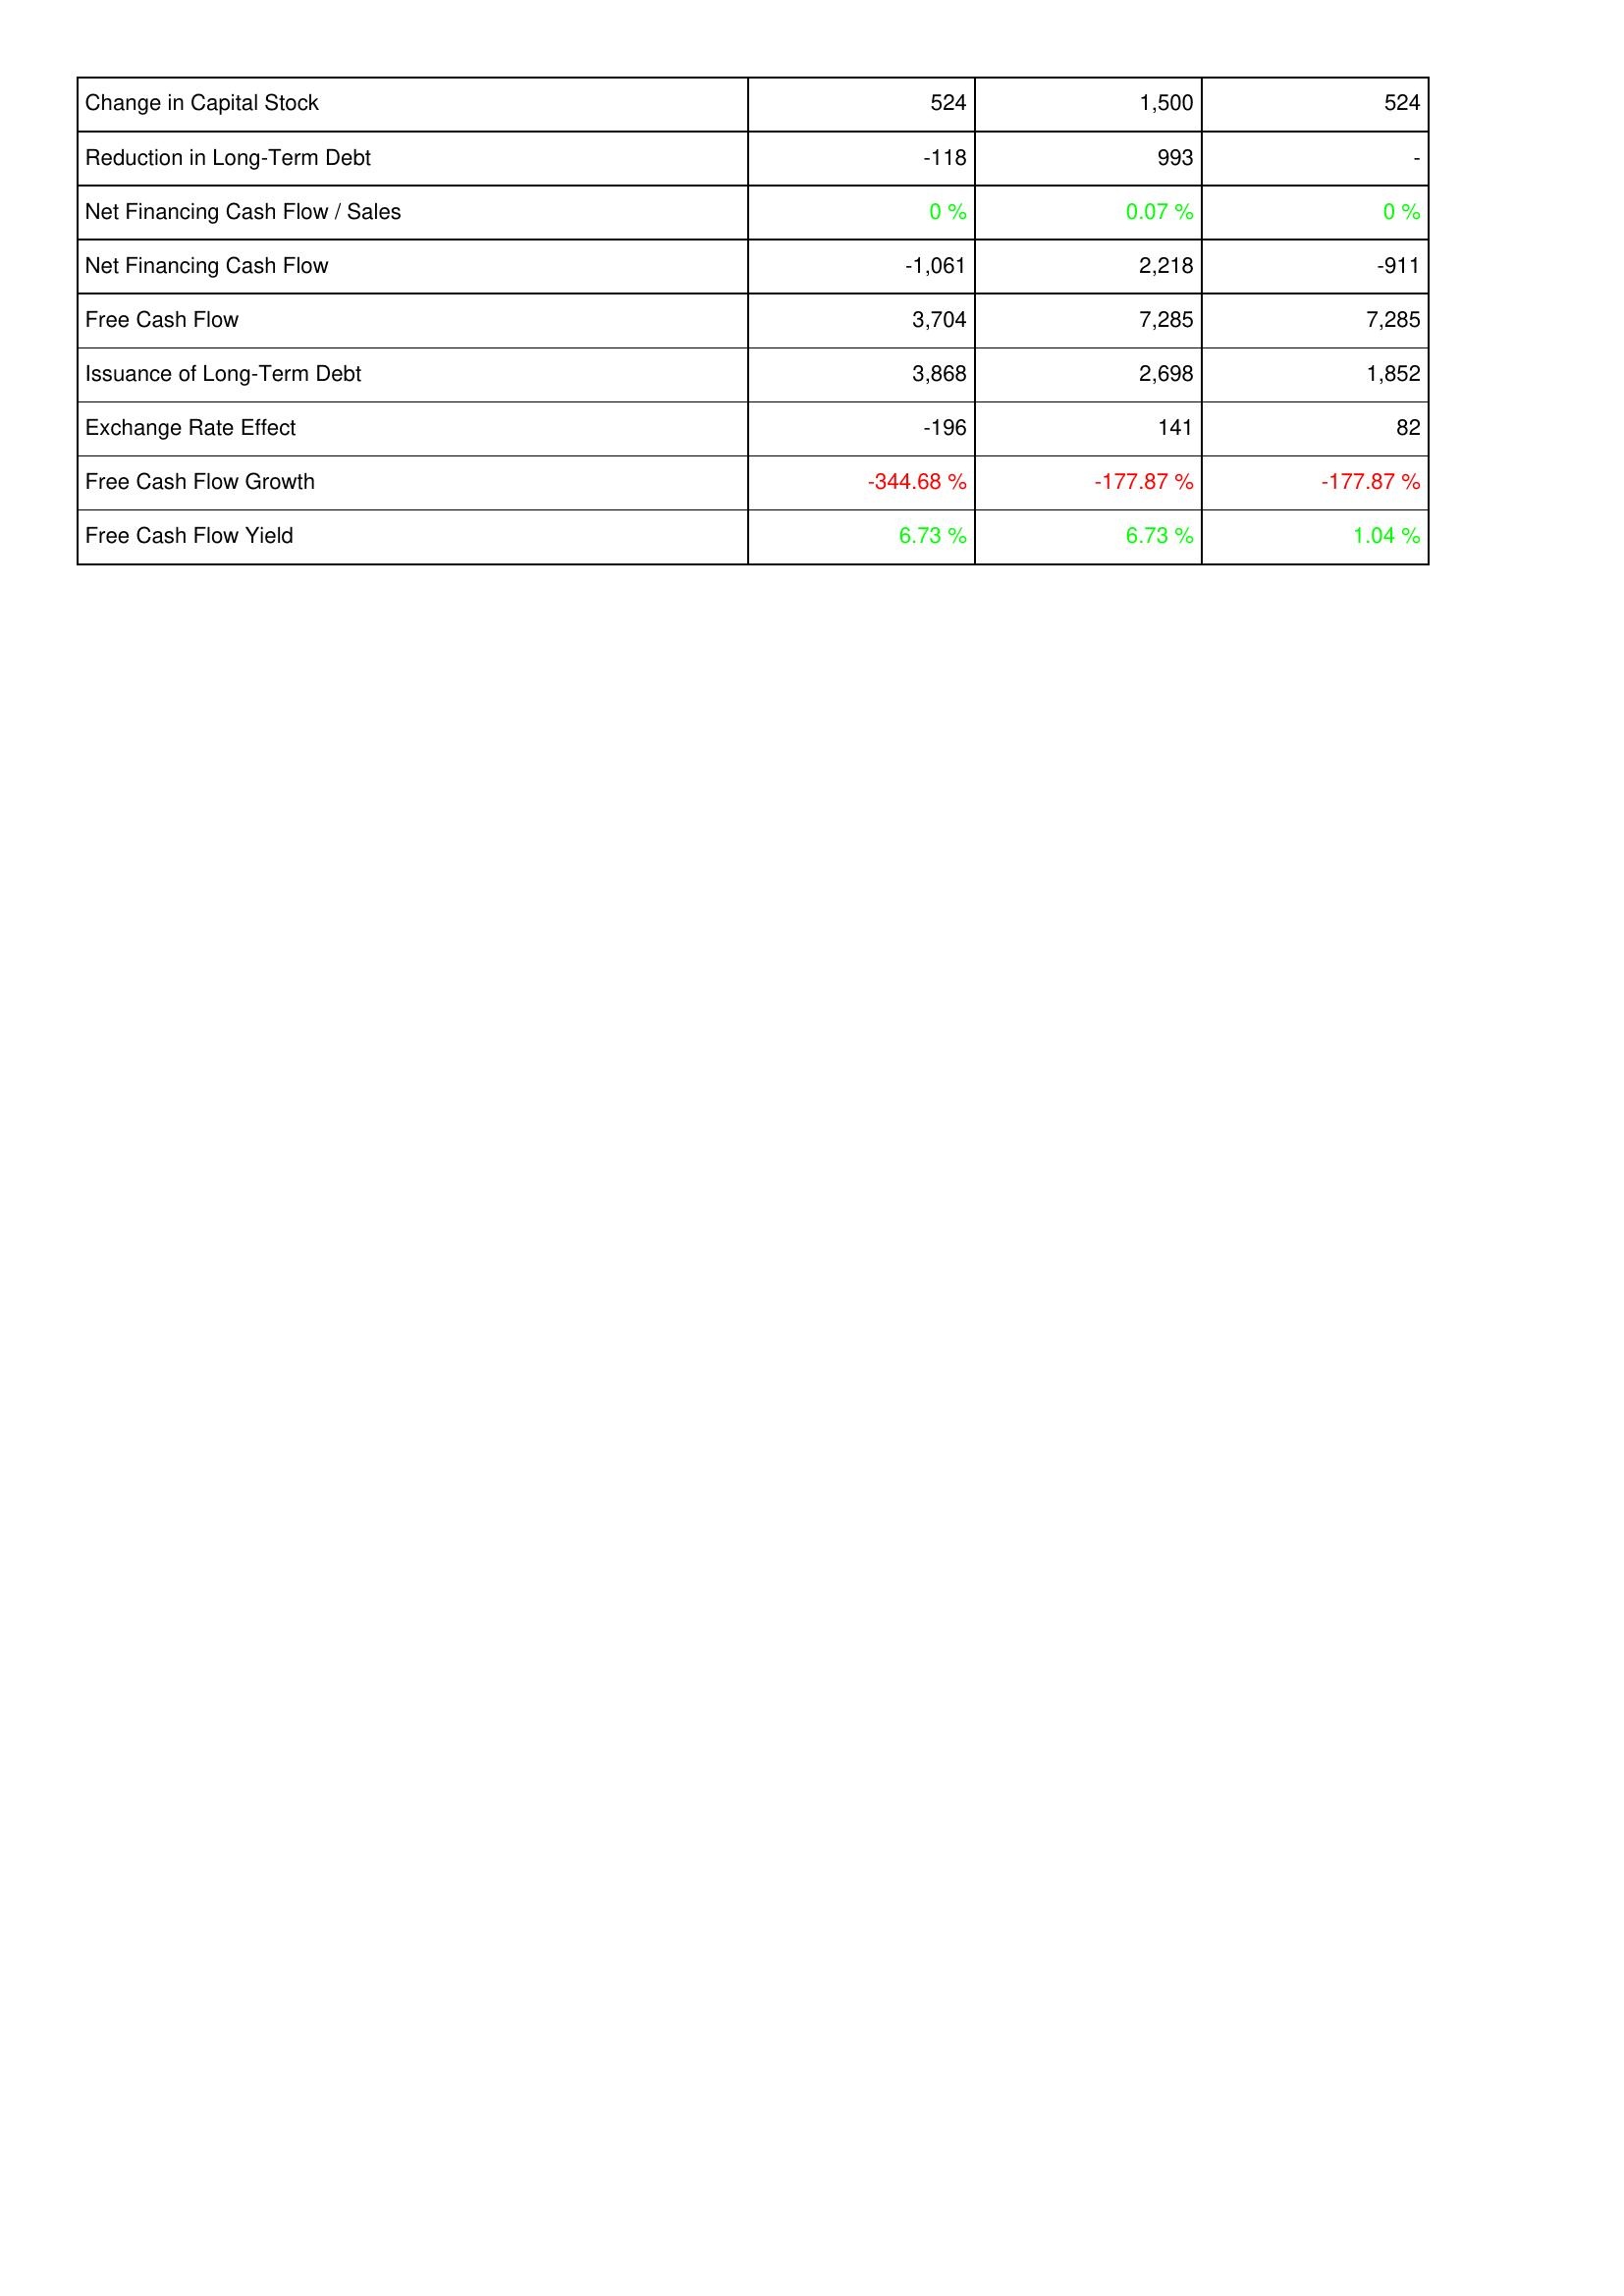
2009: Financing Activities: Change in Capital Stock: 524
Reduction in Long-Term Debt: -118
Net Financing Cash Flow / Sales: 0 %
Net Financing Cash Flow: -1,061
Free Cash Flow: 3,704
Issuance of Long-Term Debt: 3,868
Exchange Rate Effect: -196
Free Cash Flow Growth: -344.68 %
Free Cash Flow Yield: 6.73 %
2008: Financing Activities: Change in Capital Stock: 1,500
Reduction in Long-Term Debt: 993
Net Financing Cash Flow / Sales: 0.07 %
Net Financing Cash Flow: 2,218
Free Cash Flow: 7,285
Issuance of Long-Term Debt: 2,698
Exchange Rate Effect: 141
Free Cash Flow Growth: -177.87 %
Free Cash Flow Yield: 6.73 %
2007: Financing Activities: Change in Capital Stock: 524
Reduction in Long-Term Debt: -
Net Financing Cash Flow / Sales: 0 %
Net Financing Cash Flow: -911
Free Cash Flow: 7,285
Issuance of Long-Term Debt: 1,852
Exchange Rate Effect: 82
Free Cash Flow Growth: -177.87 %
Free Cash Flow Yield: 1.04 %